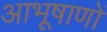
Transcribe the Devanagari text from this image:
आभूषाणों